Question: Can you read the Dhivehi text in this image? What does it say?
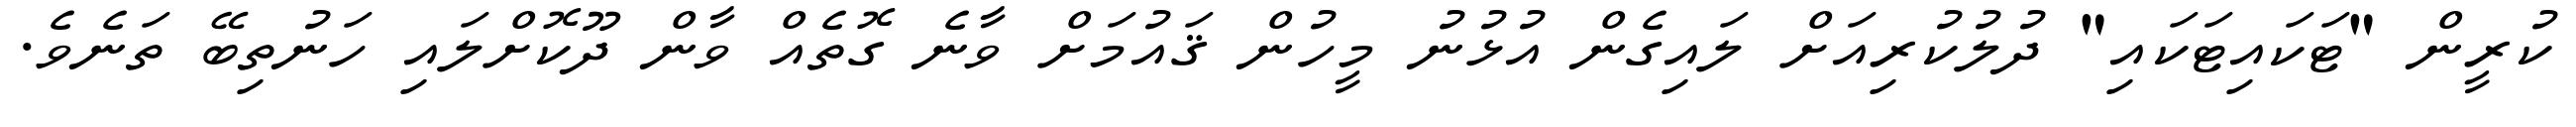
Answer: ކުރީން "ޓަކައިޓަކައި" ދުލުކުރިއަށް ލައިގެން އުޅުނު މީހުން ޤައުމަށް ވާނެ ގޮތެއް ވާން ދޫކޮށްލައި ހަނުތިބޭ ތަނެވެ.